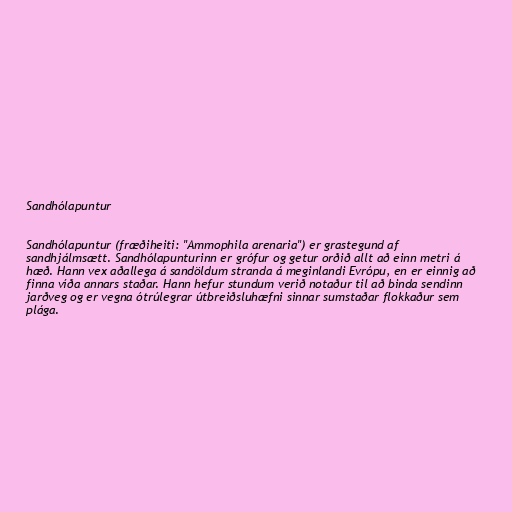
Sandhólapuntur

Sandhólapuntur (fræðiheiti: "Ammophila arenaria") er grastegund af
sandhjálmsætt. Sandhólapunturinn er grófur og getur orðið allt að einn metri á
hæð. Hann vex aðallega á sandöldum stranda á meginlandi Evrópu, en er einnig að
finna víða annars staðar. Hann hefur stundum verið notaður til að binda sendinn
jarðveg og er vegna ótrúlegrar útbreiðsluhæfni sinnar sumstaðar flokkaður sem
plága.